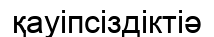
қауіпсіздіктіә